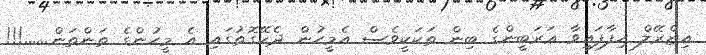
އިޒްރޭލް ހިފާފައިވާ ޢަރަބީންގެ ބިން ތަކަކީވެސް އެމީހުން ދެކޭގޮތުގައި އެ މީހުންގެ ތަންތަން......!!!